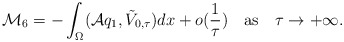
\begin{align*}\mathcal M_6=-\int_\Omega (\mathcal A q_1,\tilde V_{0,\tau})dx+o(\frac 1{\tau})\quad\mbox{as}\quad\tau\rightarrow +\infty.\end{align*}